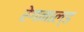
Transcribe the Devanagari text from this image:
रेगनाल्ड